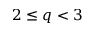
2 \leq q < 3